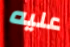
عليه